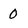
Character: 0